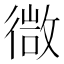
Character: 㣲